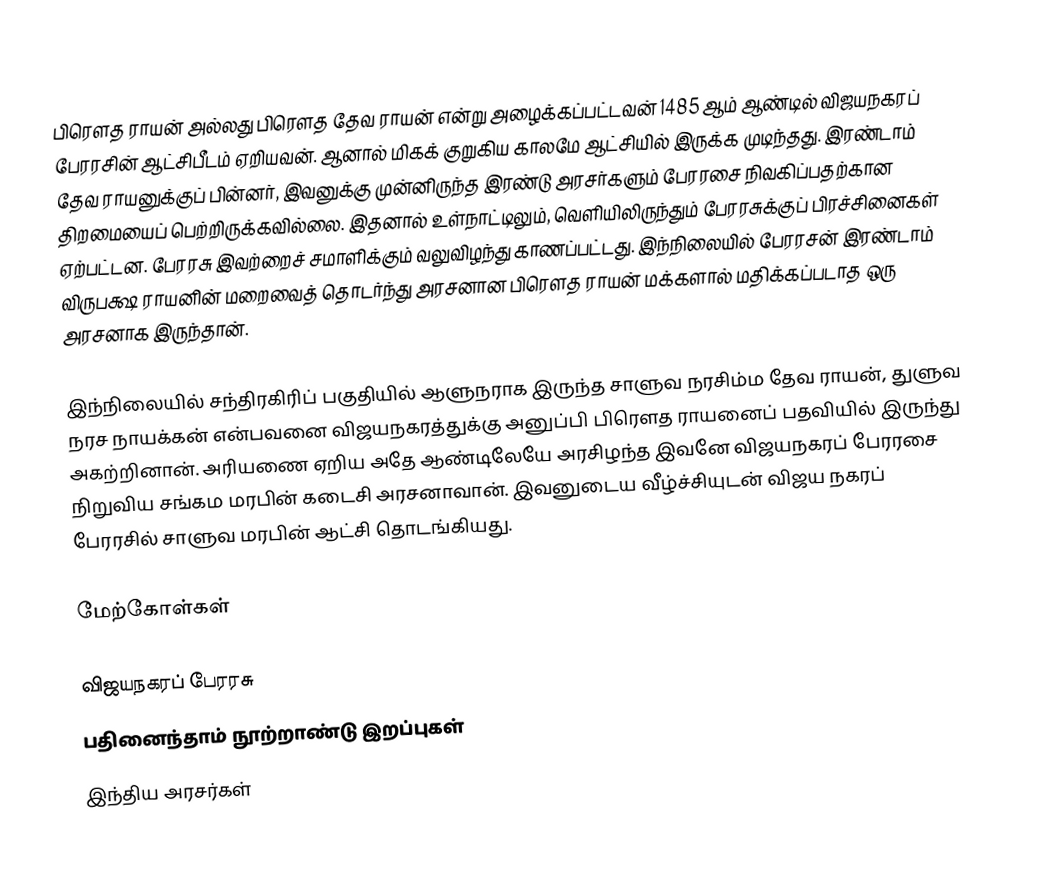
பிரௌத ராயன் அல்லது பிரௌத தேவ ராயன் என்று அழைக்கப்பட்டவன் 1485 ஆம் ஆண்டில் விஜயநகரப் பேரரசின் ஆட்சிபீடம் ஏறியவன். ஆனால் மிகக் குறுகிய காலமே ஆட்சியில் இருக்க முடிந்தது. இரண்டாம் தேவ ராயனுக்குப் பின்னர், இவனுக்கு முன்னிருந்த இரண்டு அரசர்களும் பேரரசை நிவகிப்பதற்கான திறமையைப் பெற்றிருக்கவில்லை. இதனால் உள்நாட்டிலும், வெளியிலிருந்தும் பேரரசுக்குப் பிரச்சினைகள் ஏற்பட்டன. பேரரசு இவற்றைச் சமாளிக்கும் வலுவிழந்து காணப்பட்டது. இந்நிலையில் பேரரசன் இரண்டாம் விருபக்ஷ ராயனின் மறைவைத் தொடர்ந்து அரசனான பிரௌத ராயன் மக்களால் மதிக்கப்படாத ஒரு அரசனாக இருந்தான்.

இந்நிலையில் சந்திரகிரிப் பகுதியில் ஆளுநராக இருந்த சாளுவ நரசிம்ம தேவ ராயன், துளுவ நரச நாயக்கன் என்பவனை விஜயநகரத்துக்கு அனுப்பி பிரௌத ராயனைப் பதவியில் இருந்து அகற்றினான். அரியணை ஏறிய அதே ஆண்டிலேயே அரசிழந்த இவனே விஜயநகரப் பேரரசை நிறுவிய சங்கம மரபின் கடைசி அரசனாவான். இவனுடைய வீழ்ச்சியுடன் விஜய நகரப் பேரரசில் சாளுவ மரபின் ஆட்சி தொடங்கியது.

மேற்கோள்கள்

விஜயநகரப் பேரரசு
பதினைந்தாம் நூற்றாண்டு இறப்புகள்
 இந்திய அரசர்கள்